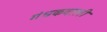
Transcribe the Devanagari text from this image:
गंधकवाली